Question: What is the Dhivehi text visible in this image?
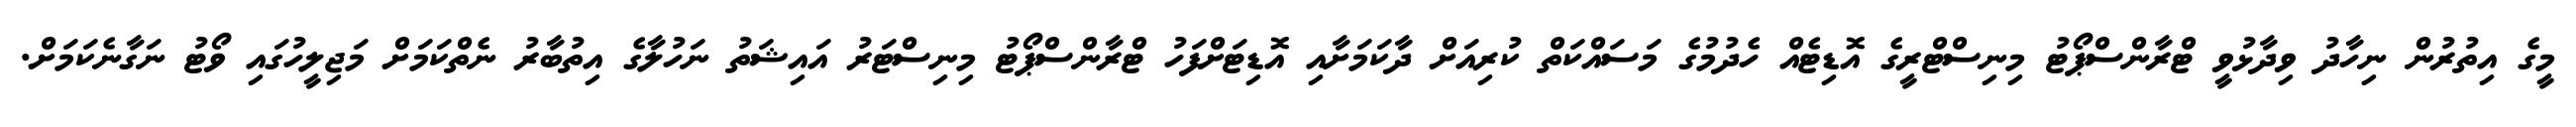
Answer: މީގެ އިތުރުން ނިހާދު ވިދާޅުވީ ޓްރާންސްޕޯޓު މިނިސްޓްރީގެ އޮޑިޓެއް ހެދުމުގެ މަސައްކަތް ކުރިއަށް ދާކަމަށާއި އޮޑިޓަށްފަހު ޓްރާންސްޕޯޓު މިނިސްޓަރު އައިޝަތު ނަހުލާގެ އިތުބާރު ނެތްކަމަށް މަޖިލީހުގައި ވޯޓު ނަގާނެކަމަށް.